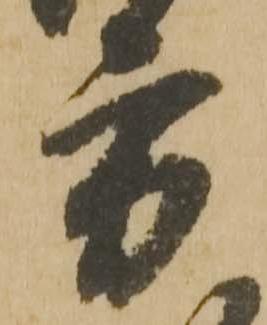
方